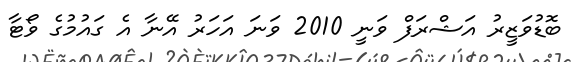
ބޮޑުވަޒީރު އަޝްރަފް ވަނީ 2010 ވަނަ އަހަރު އޭނާ އެ ގައުމުގެ ވޯޓާ